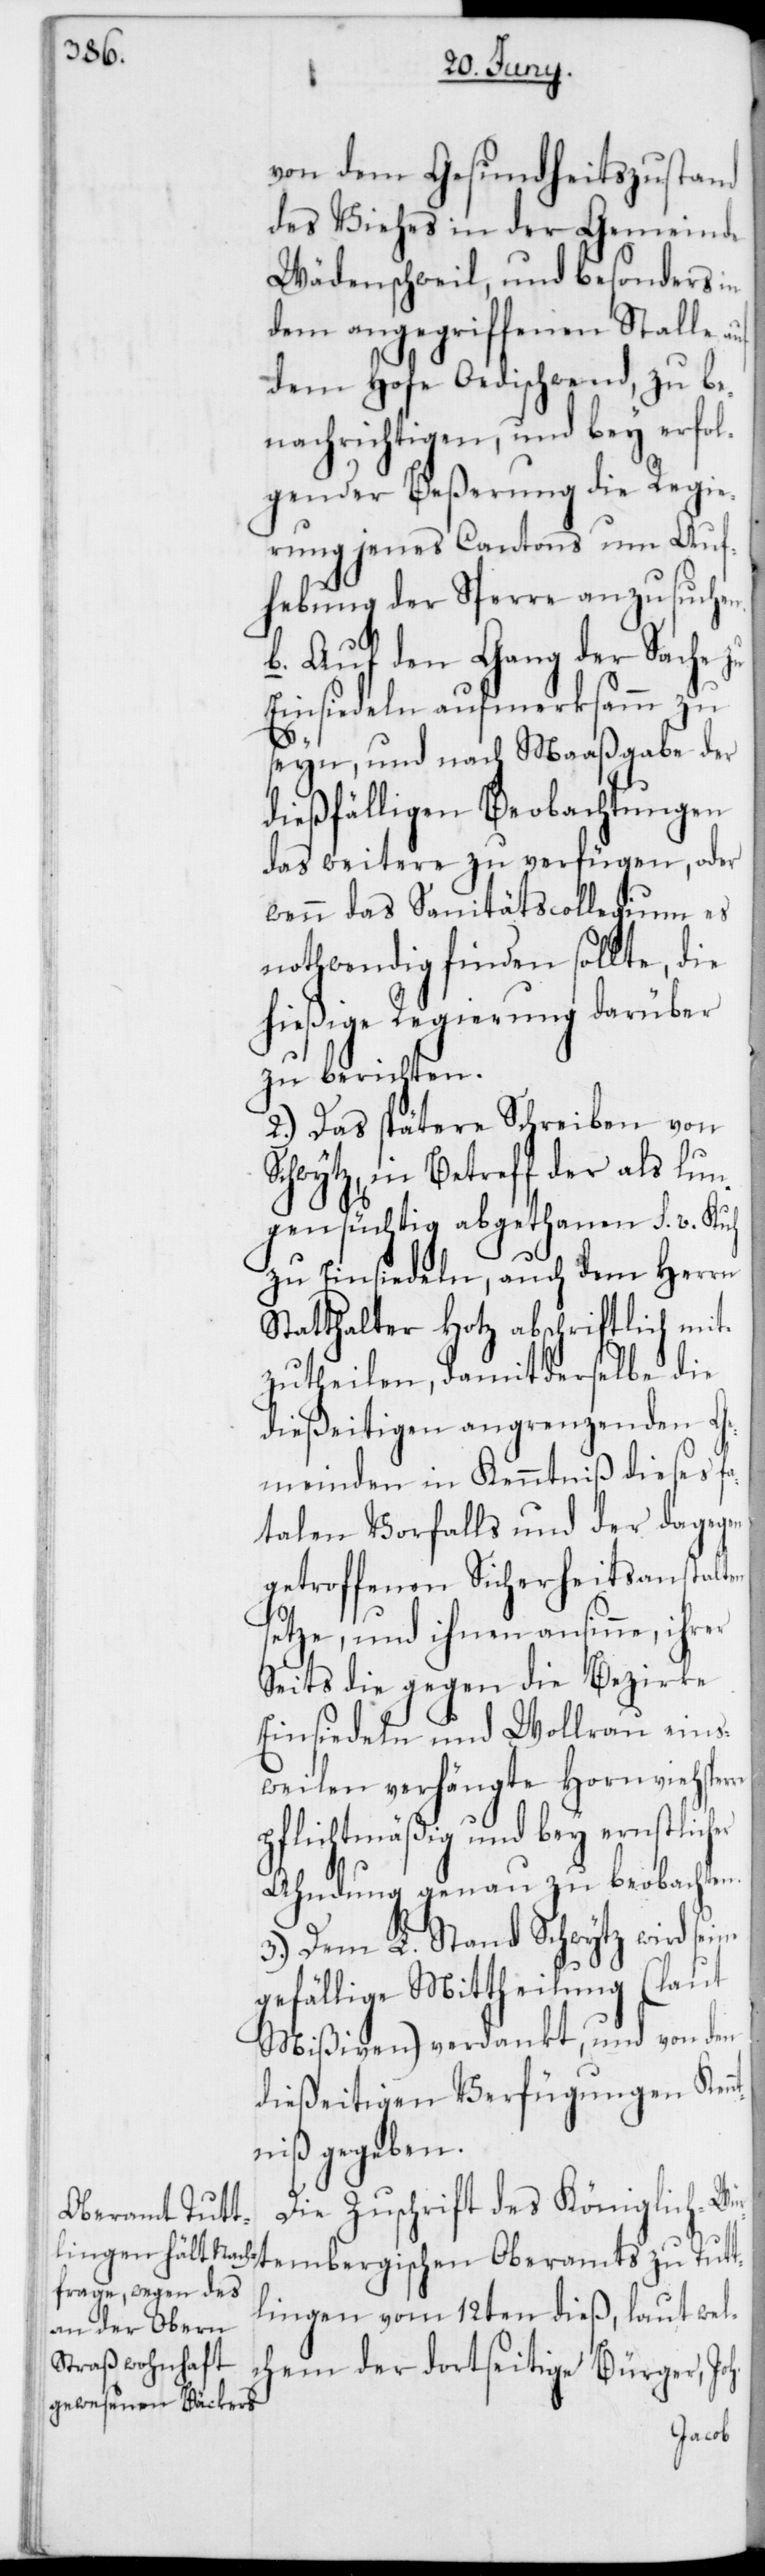
von dem Gesundheitszustand
des Viehes in der Gemeinde
Wädenschweil, und besonders in
dem angegriffenen Stalle
dem Hofe Oedischwend, zu be¬
nachrichtigen, und bey erfol¬
gender Beßerung die Regie¬
rung jenes Cantons um Auf¬
hebung der Sperre anzusuchen.
b. Auf den Gang der Sache zu
Einsiedeln aufmerksamm zu
oh.
seyn, und nach Maaßgabe der
dießfälligen Beobachtungen
das weitere zu verfügen, oder
wenn das Sanitätscollegium es
nothwendig finden sollte, die
hießige Regierung darüber
zu berichten.
2.) Das spätere Schreiben von
Schwytz, in Betreff der als lun¬
gensüchtig abgethanen S. v. Kuh
zu Einsiedeln, auch dem Herrn
Statthalter Hotz abschriftlich mit¬
zutheilen, damit derselbe die
dießeitigen angrenzenden Ge¬
meinden in Kenntniß dieses fa¬
talen Vorfalls und der dagegen
getroffenen Sicherheitsanstalten
setze, und ihnen ansinne, ihrer
Seits die gegen die Bezirke
Einsiedeln und Wollrau eins¬
tweilen verhängte Hornviehsper¬
pflichtmäßig und bey ernstlich¬
Ahndung genau zu beobachten.
3.) Dem L. Stand Schwytz wird seine
gefällige Mittheilung (laut
Mißiven) verdankt, und von den
dießeitigen Verfügungen Kenn¬
tniß gegeben.
er
Die Zuschrift des Königlich-Wür¬
tembergischen Oberamts zu Tutt¬
lingen vom 12ten dieß, laut wel¬
chem der dortseitige Bürger, J¬